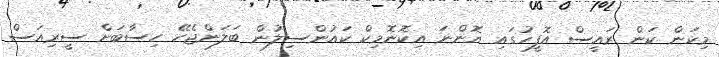
މިކަން ކަން ރައީސް އޮފީހުގައި އޮންނަ އިކޮނޮމިކް ކައުންސިލުން ބަލަންޖެހޭ ހިސާބަށް ސީރިއަސް